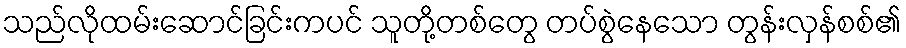
သည်လိုထမ်းဆောင်ခြင်းကပင် သူတို့တစ်တွေ တပ်စွဲနေသော တွန်းလှန်စစ်၏